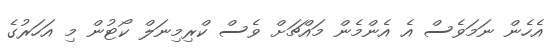
އެހެން ނަމަވެސް އެ އެންމެން މައްޗަށް ވެސް ކްރިމިނަލް ކޯޓުން މި އަހަރުގެ